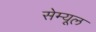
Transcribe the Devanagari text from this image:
सेम्यूल